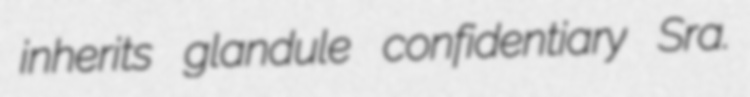
inherits glandule confidentiary Sra.